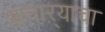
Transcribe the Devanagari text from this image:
आचाऱ्याचा